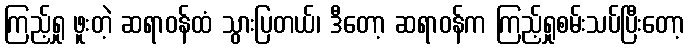
ကြည့်ရှု ဖူးတဲ့ ဆရာဝန်ထံ သွားပြတယ်၊ ဒီတော့ ဆရာဝန်က ကြည့်ရှုစမ်းသပ်ပြီးတော့